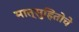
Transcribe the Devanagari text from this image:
मात्सुहितोचे